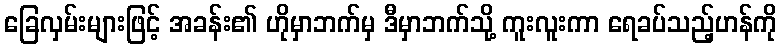
ခြေလှမ်းများဖြင့် အခန်း၏ ဟိုမှာဘက်မှ ဒီမှာဘက်သို့ ကူးလူးကာ ရေခပ်သည့်ဟန်ကို